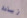
زيادة